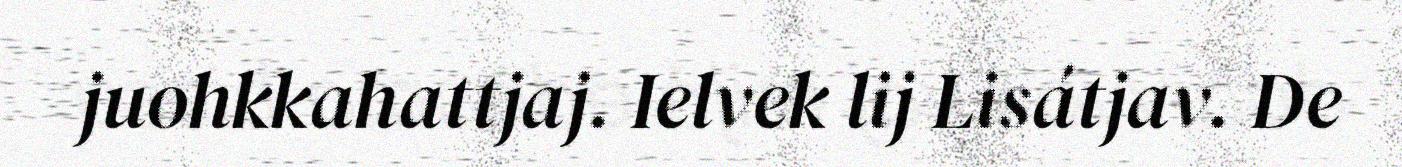
juohkkahattjaj. Ielvek lij Lisátjav. De